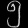
Digit: ၅